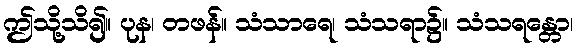
ဤသို့သိ၍။ ပုန၊ တဖန်။ သံသာရေ၊ သံသရာ၌။ သံသရန္တော၊